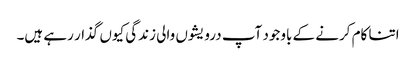
اتنا کام کرنے کے باوجود آپ درویشوں والی زندگی کیوں گذار رہے ہیں۔